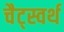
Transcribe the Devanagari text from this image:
चैट्स्वर्थ